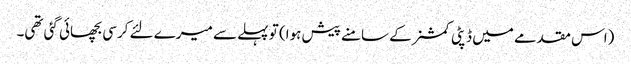
(اس مقدمے میں ڈپٹی کمشنر کے سامنے پیش ہوا) تو پہلے سے میرے لئے کرسی بچھائی گئی تھی۔